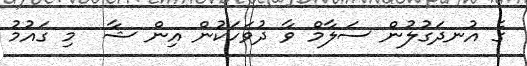
ގެ އުނދަގުލުން ސަލާމް ވާ ދުވަހަކުން އިން ޝާ  މި ގައުމު